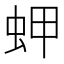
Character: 䖬